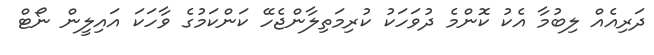
ދަރިއެއް ލިބުމާ އެކު ކޮންމެ ދުވަހަކު ކުރިމަތިލާންޖެހޭ ކަންކަމުގެ ވާހަކަ އައިލީން ނޯޓް